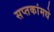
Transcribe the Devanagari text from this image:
सप्तकांमधे